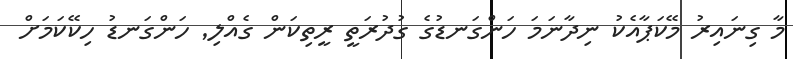
މާ ގިނައިރު މޭކަޕާއެކު ނިދާނަމަ ހަންގަނޑުގެ ގުދުރަތީ ރީތިކަން ގެއްލި